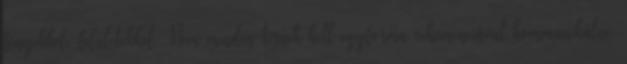
fényekkel, felületekkel. Nem minden térnek kell egyforma vehemenciával kommunikálni.